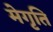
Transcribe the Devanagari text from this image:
मेगृति